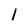
Character: l